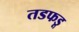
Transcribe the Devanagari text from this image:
तडफडू